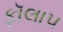
ફૉલાપ